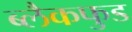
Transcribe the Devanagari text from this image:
ब्लैकफुड